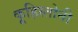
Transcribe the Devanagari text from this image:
कूहिस्तोनी